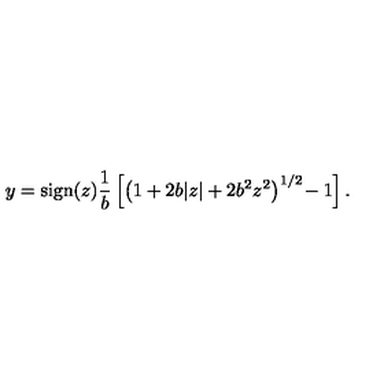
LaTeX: y = \mathrm { s i g n } ( z ) \frac { 1 } { b } \left[ \left( 1 + 2 b | z | + 2 b ^ { 2 } z ^ { 2 } \right) ^ { 1 / 2 } \! - 1 \right] .